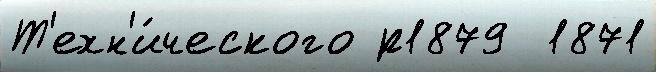
Т'ехн'и́ческого р1879  1871